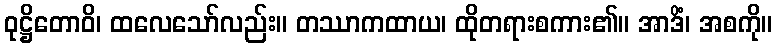
ဝုဋ္ဌိတောဝိ၊ ထလေသော်လည်း။ တဿာကထာယ၊ ထိုတရားစကား၏။ အာဒိံ၊ အစကို။